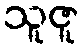
သူဇူ